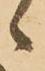
候